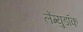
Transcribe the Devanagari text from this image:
लेंग्युडॉक